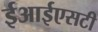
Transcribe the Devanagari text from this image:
ईआईएसटी